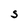
Character: S